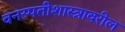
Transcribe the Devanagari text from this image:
वनस्पतीशास्त्रावरील